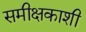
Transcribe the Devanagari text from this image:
समीक्षकाशी